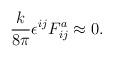
LaTeX: \begin{align*}{k \over 8\pi} \epsilon^{ij} F^a_{ij} \approx 0. \end{align*}